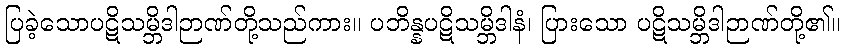
ပြခဲ့သောပဋိသမ္ဘိဒါဉာဏ်တို့သည်ကား။ ပဘိန္နပဋိသမ္ဘိဒါနံ၊ ပြားသော ပဋိသမ္ဘိဒါဉာဏ်တို့၏။